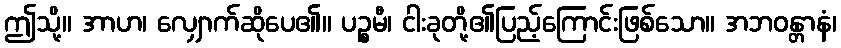
ဤသို့။ အာဟ၊ လျှောက်ဆိုပေ၏။ ပဉ္စမီ၊ ငါးခုတို့၏ပြည့်ကြောင်းဖြစ်သော။ အဘဝန္တာနံ၊